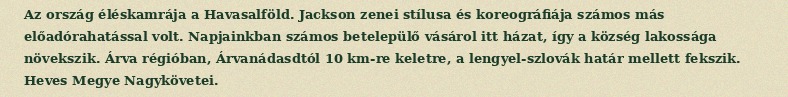
Az ország éléskamrája a Havasalföld. Jackson zenei stílusa és koreográfiája számos más előadórahatással volt. Napjainkban számos betelepülő vásárol itt házat, így a község lakossága növekszik. Árva régióban, Árvanádasdtól 10 km-re keletre, a lengyel-szlovák határ mellett fekszik. Heves Megye Nagykövetei.